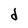
Character: d